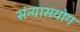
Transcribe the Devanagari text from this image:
संन्यासयोग